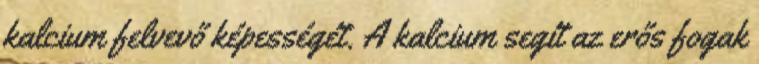
kalcium felvevő képességét. A kalcium segít az erős fogak